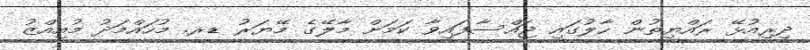
ދިރިއުޅޭ ރައްޔިތުން ހާލުގައި ޖައްސާފައިވާ ކަމަށް މާލޭގެ މޭޔަރު ޑރ. މުހައްމަދު މުއިއްޒު